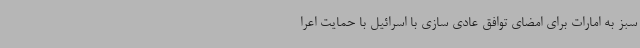
سبز به امارات برای امضای توافق عادی سازی با اسرائیل با حمایت اعرا